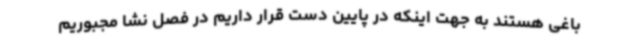
باغی هستند به جهت اینکه در پایین دست قرار داریم در فصل نشا مجبوریم